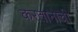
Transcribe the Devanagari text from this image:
करतानाची